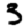
Digit: 3